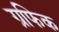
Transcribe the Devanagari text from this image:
ग्रफिक